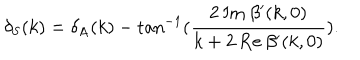
\delta _ { \mathrm { S } } ( k ) = \delta _ { \mathrm { A } } ( k ) - \tan ^ { - 1 } ( \frac { 2 \: \mathrm { I m } \: \beta ^ { \prime } ( k , 0 ) } { k + 2 \: \mathrm { R e } \: \beta ^ { \prime } ( k , 0 ) } ) .